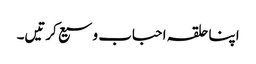
اپنا حلقہ احباب وسیع کرتیں۔